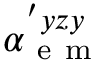
\alpha _ { \mathrm { ~ e ~ m ~ } } ^ { ' y z y }